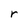
Character: r